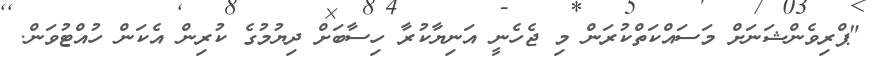
"ޕްރިވެންޝަނަށް މަސައްކަތްކުރަން މި ޖެހެނީ އަނިޔާކުރާ ހިސާބަށް ދިޔުމުގެ ކުރިން އެކަން ހުއްޓުވަން.